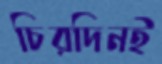
চিরদিনই